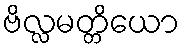
ဗိလ္လမတ္တိယော